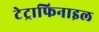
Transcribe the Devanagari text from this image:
टेट्राफिनाइल